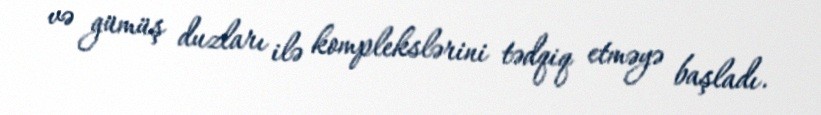
və gümüş duzları ilə komplekslərini tədqiq etməyə başladı.